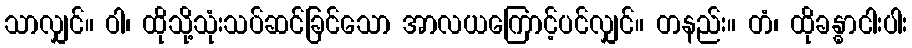
သာလျှင်။ ဝါ၊ ထိုသို့သုံးသပ်ဆင်ခြင်သော အာလယကြောင့်ပင်လျှင်။ တနည်း။ တံ၊ ထိုခန္ဓာငါးပါး